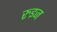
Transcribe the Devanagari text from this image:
रुइज